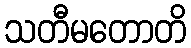
သတီမတောတိ